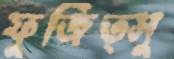
ফুজিত্সু